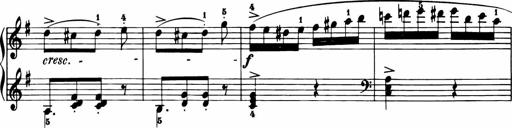
Title: 11 Sonatinas for Piano Solo
Composer: Anton Diabelli